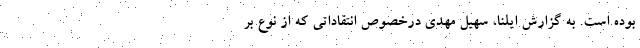
بوده است. به گزارش ایلنا، سهیل مهدی درخصوص انتقاداتی که از نوع بر